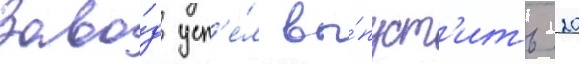
Заво́д усп'е́л вы́пуст'ить 20